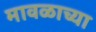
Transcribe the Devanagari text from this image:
मावळाच्या